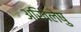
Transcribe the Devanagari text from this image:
अखिलेषु